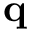
\mathbf { q }